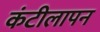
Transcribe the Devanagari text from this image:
कंटीलापन